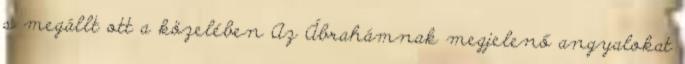
s megállt ott a közelében Az Ábrahámnak megjelenő angyalokat